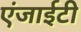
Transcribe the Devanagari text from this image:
एंजाईटी